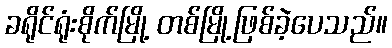
ခရိုင်ရုံးစိုက်မြို့ တစ်မြို့ဖြစ်ခဲ့ပေသည်။